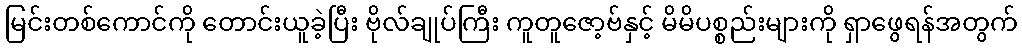
မြင်းတစ်ကောင်ကို တောင်းယူခဲ့ပြီး ဗိုလ်ချုပ်ကြီး ကူတူဇော့ဗ်နှင့် မိမိပစ္စည်းများကို ရှာဖွေရန်အတွက်